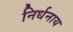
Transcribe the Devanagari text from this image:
निर्धनाय